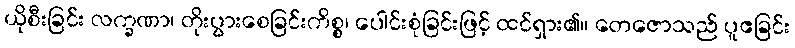
ယိုစီးခြင်း လက္ခဏာ၊ တိုးပွားစေခြင်းကိစ္စ၊ ပေါင်းစုံခြင်းဖြင့် ထင်ရှား၏။ တေဇောသည် ပူဧခြင်း